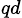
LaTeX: _{qd}